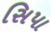
સિપા